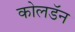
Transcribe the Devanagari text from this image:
कोलडॅन